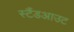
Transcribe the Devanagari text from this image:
स्टैंडआउट